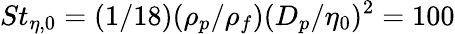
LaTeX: St_{\eta,0}=(1/18)(\rho_{p}/\rho_{f})(D_{p}/\eta_{0})^{2}=100